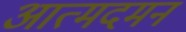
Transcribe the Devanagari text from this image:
आत्मदमन